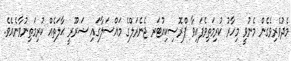
މެދުވެރިވެގެން މެނުވީ މިހާރު ކުރިމަތިވެފައިވާ ޕްރޮސިކިއުޓަރ ޖެނެރަލްގެ މައްސަލާގައި ޟަރޫރީ ޙާލަތެއް ކުރިމަތިނުވާނެއެވެ.